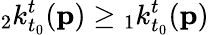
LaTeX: {}_{2}k_{t_{0}}^{t}(\mathbf{p})\geq{}_{1}k_{t_{0}}^{t}(\mathbf{p})